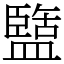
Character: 盬